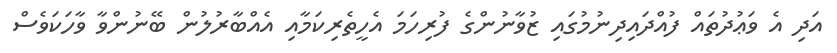
އަދި އެ ވަޢުދުތައް ފުއްދައިދިނުމުގައި ޒުވާނުންގެ ފުރިހަމަ އެހީތެރިކަމާއި އެއްބާރުލުން ބޭނުންވާ ވާހަކަވެސް